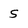
Character: S